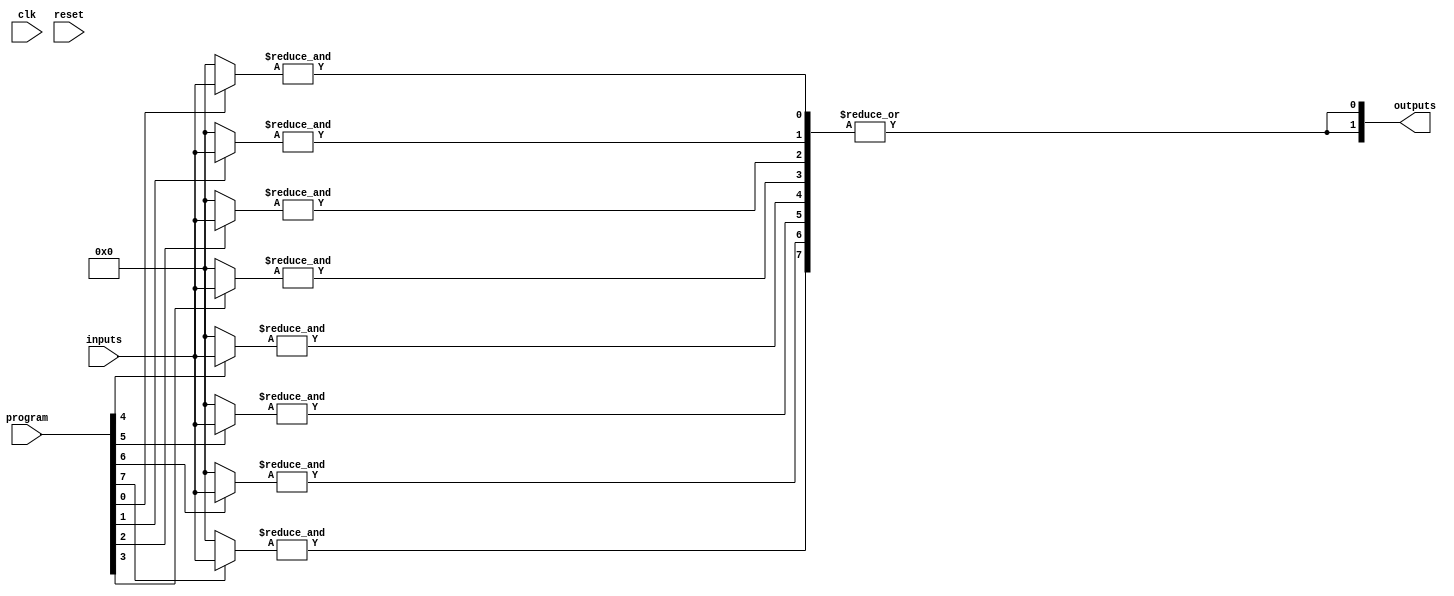
module FlashProgrammablePAL (
    input wire [N-1:0] inputs,      // Input lines
    input wire [M-1:0] program,      // Programming signals for AND array
    input wire clk,                  // Clock signal for control logic
    input wire reset,                // Reset signal
    output wire [P-1:0] outputs      // Output lines
);

// Parameters
parameter N = 4;                   // Number of input lines
parameter M = 8;                   // Number of programmable AND gates
parameter P = 2;                   // Number of output lines

// Internal signals
wire [M-1:0] and_out;              // AND gate outputs
wire [P-1:0] or_out;               // OR gate outputs

// Programmable AND Array
genvar i, j;
generate
    for (i = 0; i < M; i = i + 1) begin : and_array
        wire [N-1:0] and_inputs;
        // Connect inputs to AND gates based on programming signals
        assign and_inputs = (program[i] ? inputs : {N{1'b0}}); // Example logic
        assign and_out[i] = &and_inputs; // AND operation
    end
endgenerate

// Programmable OR Array
generate
    for (j = 0; j < P; j = j + 1) begin : or_array
        // Example logic to combine AND outputs
        assign or_out[j] = |and_out; // OR operation (simplified)
    end
endgenerate

// Output assignment
assign outputs = or_out;

// Control Logic (simplified, no actual flash programming)
always @(posedge clk or posedge reset) begin
    if (reset) begin
        // Reset logic (if needed)
    end else begin
        // Control logic for programming (not implemented)
    end
end

endmodule